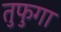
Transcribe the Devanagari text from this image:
तुफुगा